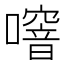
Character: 噾